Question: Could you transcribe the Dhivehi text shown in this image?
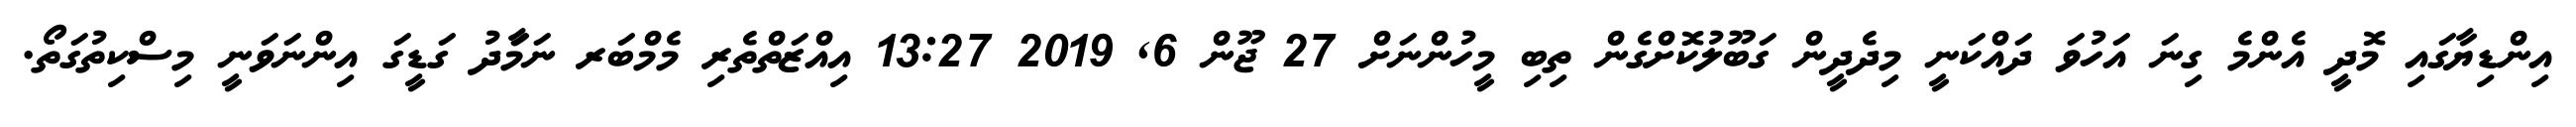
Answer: އިންޑިޔާގައި މޮދީ އެންމެ ގިނަ އަހުވަ ދައްކަނީ މިދެދީން ގަބޫލުކޮށްގެން ތިބި މީހުންނަށް 27 ޖޫން 6, 2019 13:27 އިއްޒަތްތެރި މެމްބަރ ނަމަާދު ގަޑީގަ އިންނަވަނީ މިސްކިތުގަތޯ.